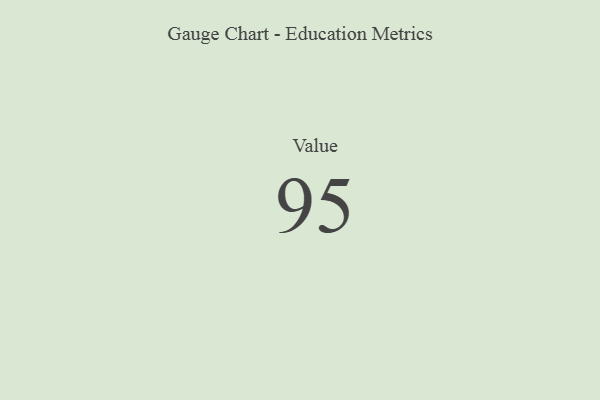
{"axis": {"x": "Metric", "y": "Value"}, "legend": [""], "data": [{"x": "Value", "y": 95, "type": ""}]}